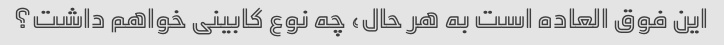
این فوق العاده است به هر حال، چه نوع کابینی خواهم داشت؟